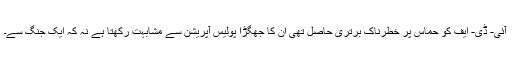
آئی- ڈی- ایف کو حماس پر خطرناک برتری حاصل تھی ان کا جھگڑا پولیس آپریشن سے مشابہت رکھتا ہے نہ کہ ایک جنگ سے۔